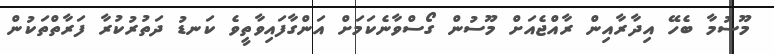
މޫސުމާ ބެހޭ އިދާރާއިން ރާއްޖެއަށް މޫސުން ގޯސްވާނެކަމަށް އަންގާފައިވާތީވެ ކަނޑު ދަތުރުކުރާ ފަރާތްތަކުން